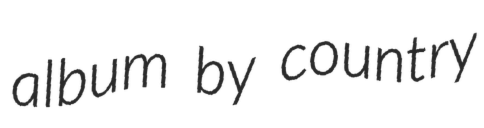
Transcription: album by country